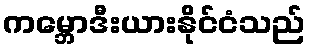
ကမ္ဘောဒီးယားနိုင်ငံသည်